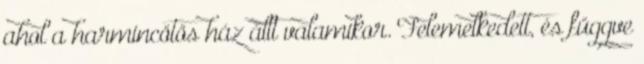
ahol a harmincötös ház állt valamikor. Felemelkedett, és függve